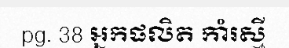
pg. 38 អ្នកផលិត កាំរស្មី